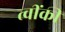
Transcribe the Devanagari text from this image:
त्वींकी